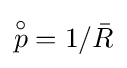
{\textstyle {\overset {\circ }{p}}=1/{\bar {R}}}